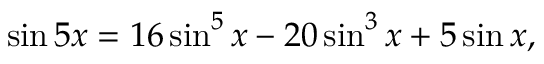
\sin 5 x = 1 6 \sin ^ { 5 } x - 2 0 \sin ^ { 3 } x + 5 \sin x ,